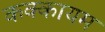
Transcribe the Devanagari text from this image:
कक्कायम